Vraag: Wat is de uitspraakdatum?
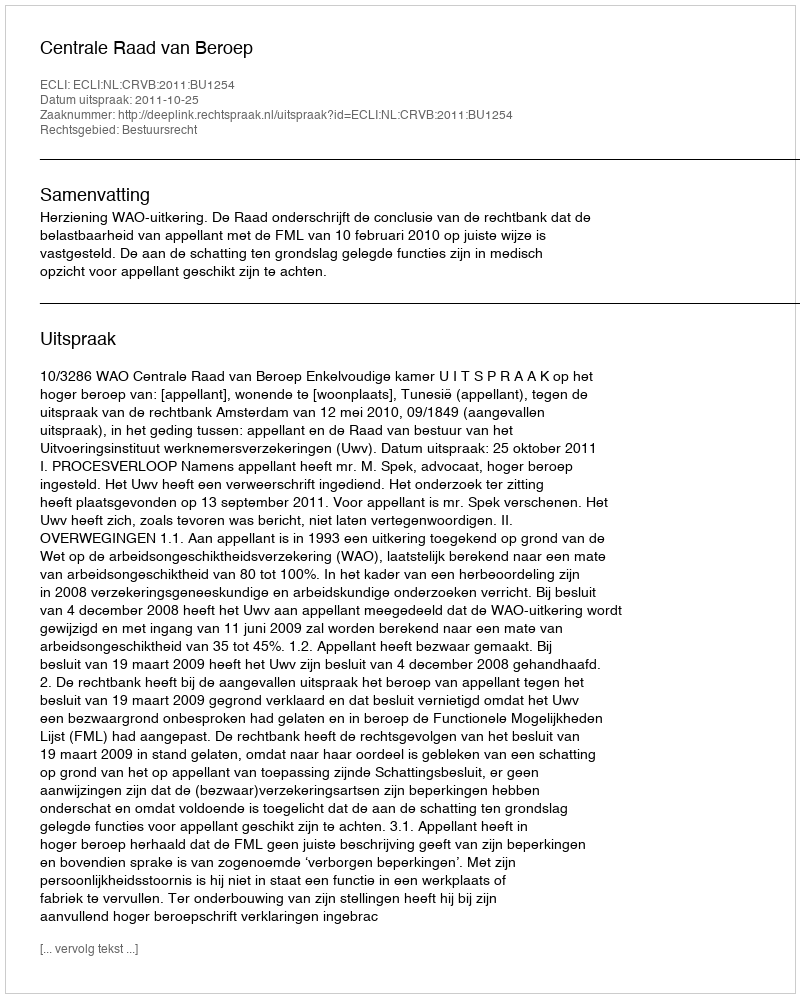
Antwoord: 2011-10-25